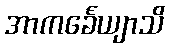
အာကင်္ခေယျာသိ